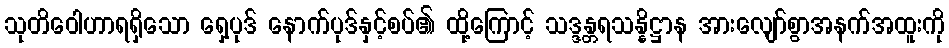
သုတိဝေါဟာရရှိသော ရှေ့ပုဒ် နောက်ပုဒ်နှင့်စပ်၏ ထို့ကြောင့် သဒ္ဒန္တရသန္နိဋ္ဌာန အားလျော်စွာအနက်အထူးကို